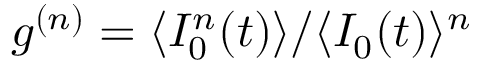
g ^ { ( n ) } = \langle I _ { 0 } ^ { n } ( t ) \rangle / \langle I _ { 0 } ( t ) \rangle ^ { n }